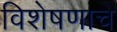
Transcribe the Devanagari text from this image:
विशेषणाचे